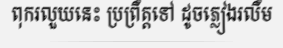
ពុករលួយនេះ ប្រព្រឹត្តទៅ ដូចភ្លៀងរលឹម